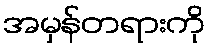
အမှန်တရားကို